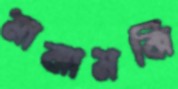
মাঝামঝি